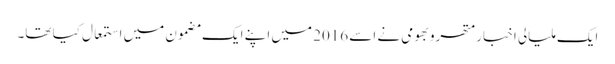
ایک ملیالی اخبار متھرو بھومی نے اسے 2016 میں اپنے ایک مضمون میں استمعال کیا تھا۔